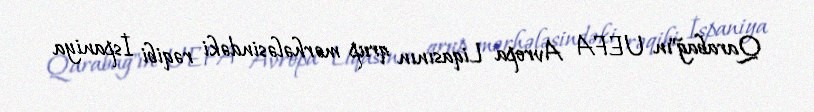
Qarabağ"ın UEFA Avropa Liqasının qrup mərhələsindəki rəqibi İspaniya